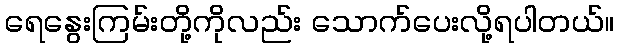
ရေနွေးကြမ်းတို့ကိုလည်း သောက်ပေးလို့ရပါတယ်။